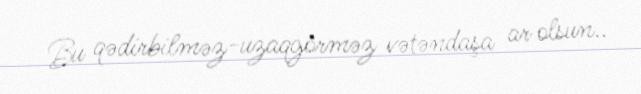
Bu qədirbilməz-uzaqgörməz vətəndaşa ar olsun..